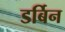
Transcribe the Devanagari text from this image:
डर्बिन